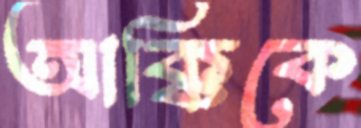
আক্কিকে